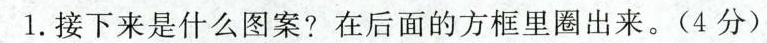
1.接下来是什么图案?在后面的方框里圈出来。(4分)